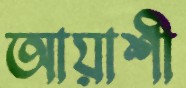
আয়াশী